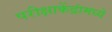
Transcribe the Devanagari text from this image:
परीक्षाकेंद्रांमध्ये